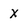
Character: X